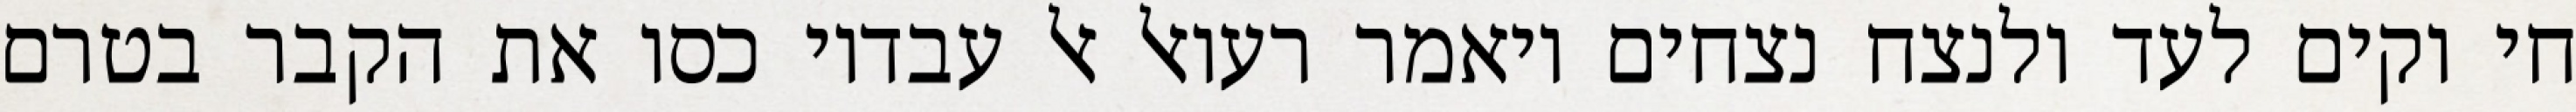
חי וקים לעד ולנצח נצחים ויאמר רעואל אל עבדיו כסו את הקבר בטרם